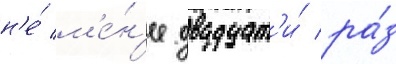
н'е́ м'е́н'ее двадцат'и́ ра́з